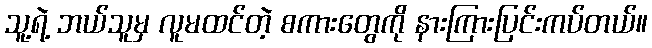
သူ့ရဲ့ ဘယ်သူမှ လူမထင်တဲ့ စကားတွေကို နားကြားပြင်းကပ်တယ်။